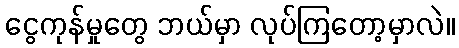
ငွေကုန်မှုတွေ ဘယ်မှာ လုပ်ကြတော့မှာလဲ။